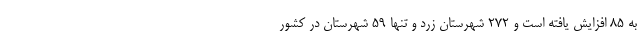
به ۸۵ افزایش یافته است و ۲۷۲ شهرستان زرد و تنها ۵۹ شهرستان در کشور